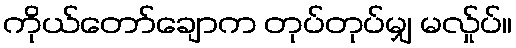
ကိုယ်တော်ချောက တုပ်တုပ်မျှ မလ်ှုပ်။